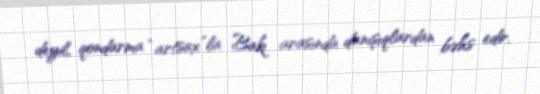
deyil, qondarma “artsax”la Bakı arasında danışıqlardan bəhs edir.